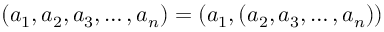
( a _ { 1 } , a _ { 2 } , a _ { 3 } , \ldots , a _ { n } ) = ( a _ { 1 } , ( a _ { 2 } , a _ { 3 } , \ldots , a _ { n } ) )